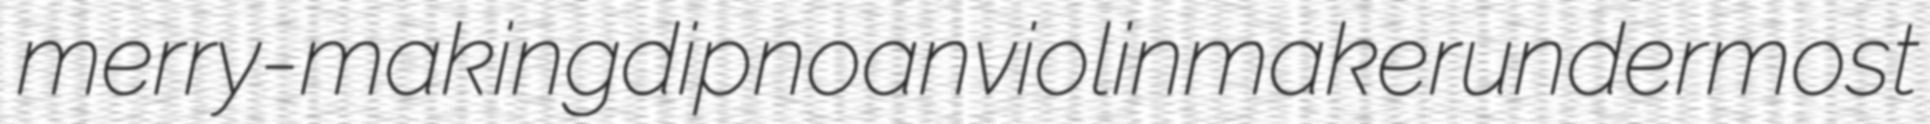
merry-making dipnoan violinmaker undermost